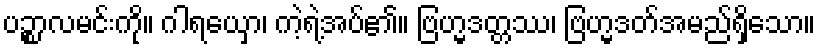
ပဉ္စာလမင်းကို။ ဂါရယှော၊ ကဲ့ရဲ့အပ်၏။ ဗြဟ္မဒတ္တဿ၊ ဗြဟ္မဒတ်အမည်ရှိသော။